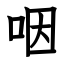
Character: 咽